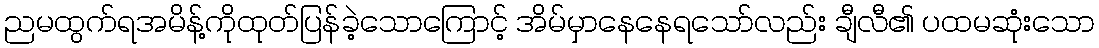
ညမထွက်ရအမိန့်ကိုထုတ်ပြန်ခဲ့သောကြောင့် အိမ်မှာနေနေရသော်လည်း ချီလီ၏ ပထမဆုံးသော